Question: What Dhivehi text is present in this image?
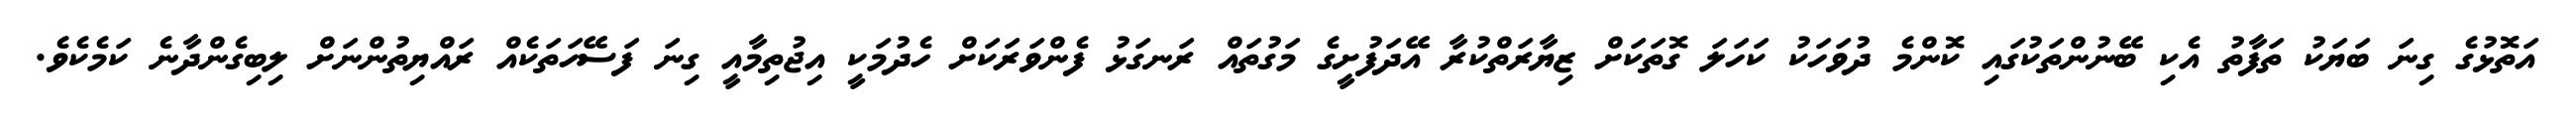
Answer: އަތޮޅުގެ ގިނަ ބަޔަކު ތަފާތު އެކި ބޭނުންތަކުގައި ކޮންމެ ދުވަހަކު ކަހަލަ ގޮތަކަށް ޒިޔާރަތްކުރާ އޭދަފުށީގެ މަގުތައް ރަނގަޅު ފެންވަރަކަށް ހެދުމަކީ އިޖުތިމާއީ ގިނަ ފަސޭހަތަކެއް ރައްޔިތުންނަށް ލިބިގެންދާނެ ކަމެކެވެ.